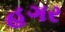
હગર